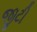
જીટી